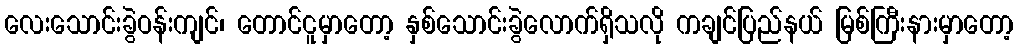
လေးသောင်းခွဲဝန်းကျင်၊ တောင်ငူမှာတော့ နှစ်သောင်းခွဲလောက်ရှိသလို ကချင်ပြည်နယ် မြစ်ကြီးနားမှာတော့